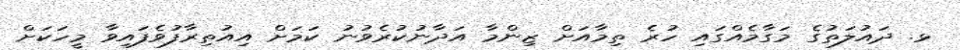
ޅ. ދައުލަތުގެ މަގާމެއްގައި ހުރެ ތިމާއަށް ޒިންމާ އަދާނުކުރެވުނު ކަމަށް އިއުތިރާފުވެފައިވާ މީހަކަށް